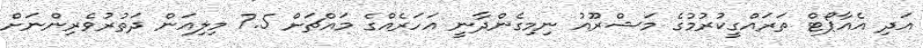
އަދި އެއާޕޯޓް ތަރައްގީކުރުމުގެ މަޝްރޫއު ނިމިގެންދާނީ އަހަރެއްގެ މައްޗަށް 7.5 މިލިއަން ދަތުރުވެރިންނަށް